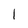
Character: 1